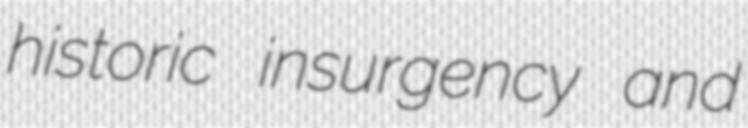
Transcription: historic insurgency and